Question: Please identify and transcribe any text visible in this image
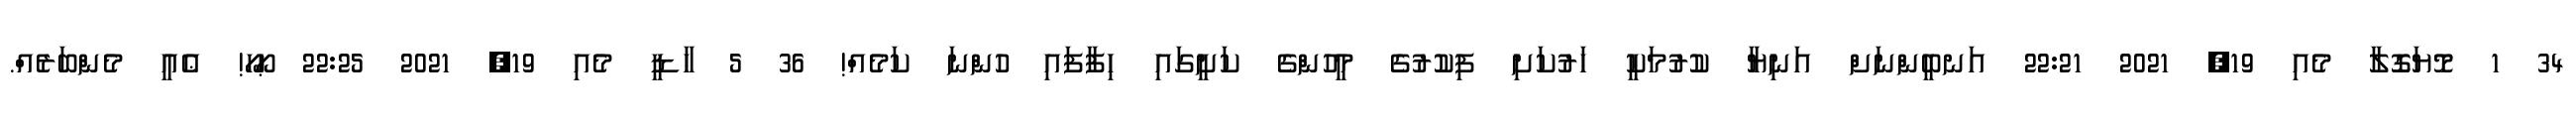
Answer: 34 1 މޮޔަގޮލާ މެއި 19, 2021 22:21 އަނބީންނަށް އަނިޔާ ކުރުމަކީ ހަރުކަށި ފިކުރުގެ މީހުންގެ ކަށީގައި ހިފާފައި ހުންނަ ކަމެއް! 36 5 ހާޑީ މެއި 19, 2021 22:25 ޙޯހޯ! ޢެއީ މެންބަރެއް.